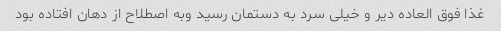
غذا فوق العاده دیر و خیلی سرد به دستمان رسید وبه اصطلاح از دهان افتاده بود